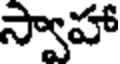
స్వాహా